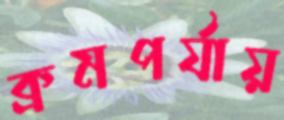
ক্রমপর্যায়